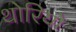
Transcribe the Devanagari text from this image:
थोरियो